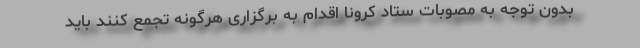
بدون توجه به مصوبات ستاد کرونا اقدام به برگزاری هرگونه تجمع کنند باید